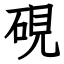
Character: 硯